Scientific memoirs by medical officers of the Army of India - Part II,
Year: 1886
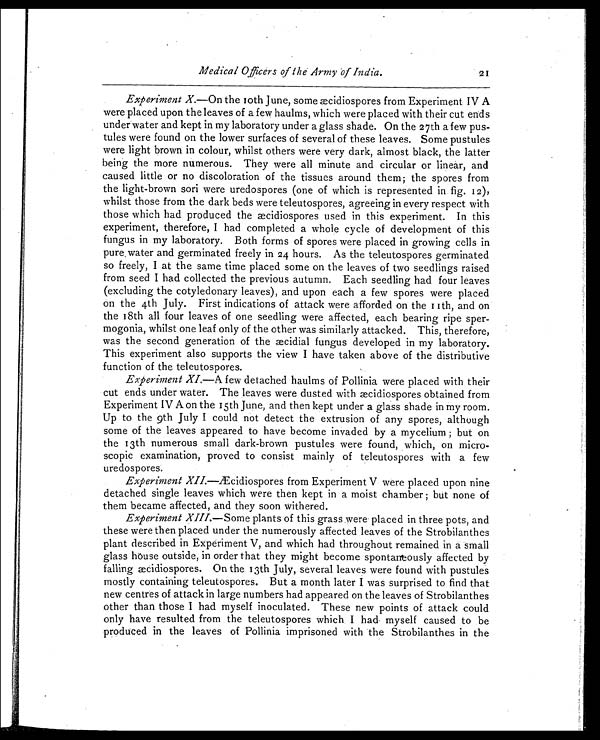
Medical Officers of the Army of India.
21
Experiment X.—On the 10th June, some æcidiospores from Experiment IV A
were placed upon the leaves of a few haulms, which were placed with their cut ends
under water and kept in my laboratory under a glass shade. On the 27th a few pus-
tules were found on the lower surfaces of several of these leaves. Some pustules
were light brown in colour, whilst others were very dark, almost black, the latter
being the more numerous. They were all minute and circular or linear, and
caused little or no discoloration of the tissues around them; the spores from
the light-brown sori were uredospores (one of which is represented in fig. 12),
whilst those from the dark beds were teleutospores, agreeing in every respect with
those which had produced the æcidiospores used in this experiment. In this
experiment, therefore, I had completed a whole cycle of development of this
fungus in my laboratory. Both forms of spores were placed in growing cells in
pure, water and germinated freely in 24 hours. As the teleutospores germinated
so freely, I at the same time placed some on the leaves of two seedlings raised
from seed I had collected the previous autumn. Each seedling had four leaves
(excluding the cotyledonary leaves), and upon each a few spores were placed
on the 4th July. First indications of attack were afforded on the 11th, and on
the 18th all four leaves of one seedling were affected, each bearing ripe sper-
mogonia, whilst one leaf only of the other was similarly attacked. This, therefore,
was the second generation of the aecidial fungus developed in my laboratory.
This experiment also supports the view I have taken above of the distributive
function of the teleutospores.
Experiment XI.—A few detached haulms of Pollinia were placed with their
cut ends under water. The leaves were dusted with æcidiospores obtained from
Experiment IV A on the 15th June, and then kept under a glass shade in my room.
Up to the 9th July I could not detect the extrusion of any spores, although
some of the leaves appeared to have become invaded by a mycelium ; but on
the 13th numerous small dark-brown pustules were found, which, on micro-
scopic examination, proved to consist mainly of teleutospores with a few
uredospores.
Experiment XII.—Æcidiospores from Experiment V were placed upon nine
detached single leaves which were then kept in a moist chamber ; but none of
them became affected, and they soon withered.
Experiment XIII. —Some plants of this grass were placed in three pots, and
these were then placed under the numerously affected leaves of the Strobilanthes
plant described in Experiment V, and which had throughout remained in a small
glass house outside, in order that they might become spontaneously affected by
falling æcidiospores. On the 13th July, several leaves were found with pustules
mostly containing teleutospores. But a month later I was surprised to find that
new centres of attack in large numbers had appeared on the leaves of Strobilanthes
other than those I had myself inoculated. These new points of attack could
only have resulted from the teleutospores which I had myself caused to be
produced in the leaves of Pollinia imprisoned with the Strobilanthes in the